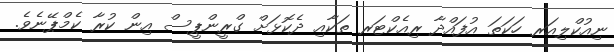
ނިއުކްލިއަރ ހަކަތަ އުފައްދާ ރިއެކްޓަރ ތަކާއި ދެކޮޅަށް ގްރީންޕީސް އިން ކުރާ ކެމްޕޭނެވެ.